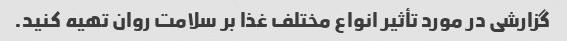
گزارشی در مورد تأثیر انواع مختلف غذا بر سلامت روان تهیه کنید.